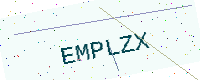
Text: EMPLZX